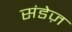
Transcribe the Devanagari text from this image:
संडेज़